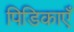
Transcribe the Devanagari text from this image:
पिडिकाएँ